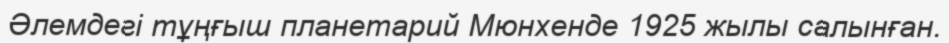
Әлемдегі тұңғыш планетарий Мюнхенде 1925 жылы салынған.